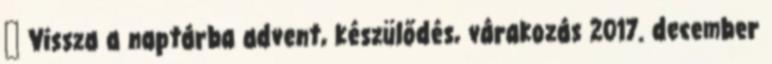
← Vissza a naptárba advent, készülődés, várakozás 2017. december